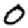
Digit: 0